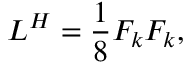
{ \cal L } ^ { H } = \frac { 1 } { 8 } F _ { k } F _ { k } ,